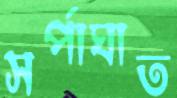
সর্পাঘাত